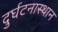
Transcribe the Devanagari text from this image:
दुर्घटनास्थान